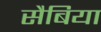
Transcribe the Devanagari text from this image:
सैबिया